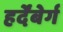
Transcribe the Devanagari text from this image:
हर्देंबेर्ग